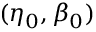
( \eta _ { 0 } , \beta _ { 0 } )